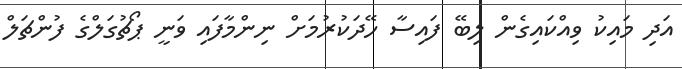
އަދި މައިކު ވިއްކައިގެން ލިބޭ ފައިސާ ހޭދަކުރުމަށް ނިންމާފައި ވަނީ ޕޯޗުގަލްގެ ފުންޗަލް